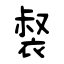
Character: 裻